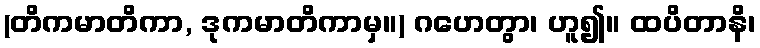
(တိကမာတိကာ, ဒုကမာတိကာမှ။) ဂဟေတွာ၊ ဟူ၍။ ထပိတာနိ၊